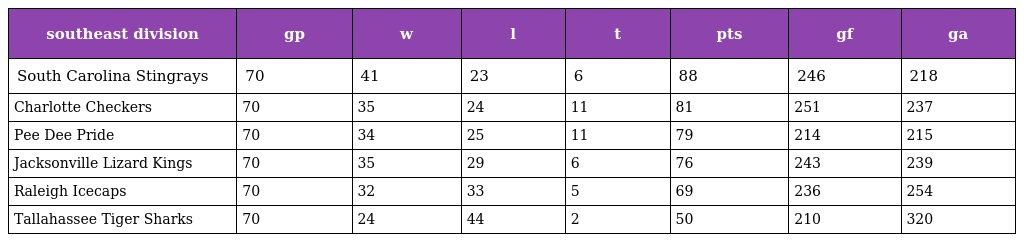
| southeast division | gp | w | l | t | pts | gf | ga |
 | --- | --- | --- | --- | --- | --- | --- | --- |
 | South Carolina Stingrays | 70 | 41 | 23 | 6 | 88 | 246 | 218 |
 | Charlotte Checkers | 70 | 35 | 24 | 11 | 81 | 251 | 237 |
 | Pee Dee Pride | 70 | 34 | 25 | 11 | 79 | 214 | 215 |
 | Jacksonville Lizard Kings | 70 | 35 | 29 | 6 | 76 | 243 | 239 |
 | Raleigh Icecaps | 70 | 32 | 33 | 5 | 69 | 236 | 254 |
 | Tallahassee Tiger Sharks | 70 | 24 | 44 | 2 | 50 | 210 | 320 |